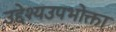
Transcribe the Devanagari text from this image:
उद्देश्यउपभोक्ता